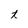
Character: t